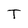
Character: T